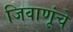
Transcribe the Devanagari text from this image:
जिवाणूंचे